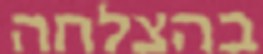
בהצלחה